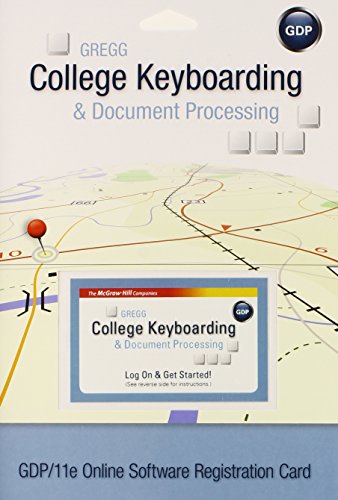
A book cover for GDP 11e Online Software Student Registration Card; Scot Ober; Law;